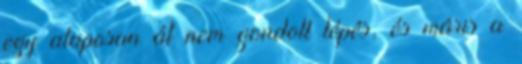
egy alaposan át nem gondolt lépés, és máris a